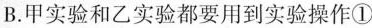
B.甲实验和乙实验都要用到实验操作①